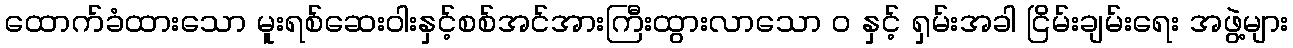
ထောက်ခံထားသော မူးရစ်ဆေးဝါးနှင့်စစ်အင်အားကြီးထွားလာသော ဝ နှင့် ရှမ်းအခါ ငြိမ်းချမ်းရေး အဖွဲ့များ